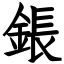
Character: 鋹